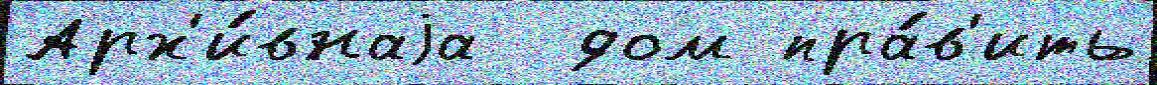
Арх'и́внаjа  дом пра́в'ить